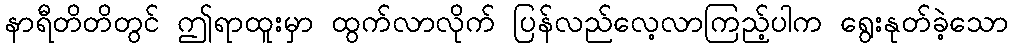
နာရီတိတိတွင် ဤရာထူးမှာ ထွက်လာလိုက် ပြန်လည်လေ့လာကြည့်ပါက ရွေးနုတ်ခဲ့သော